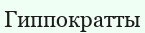
Гиппократты